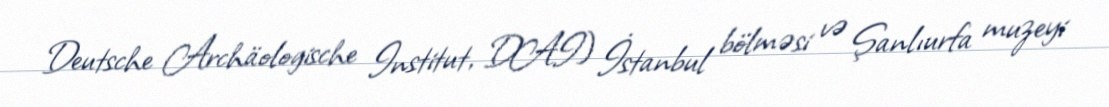
Deutsche Archäologische Institut, DAI) İstanbul bölməsi və Şanlıurfa muzeyi